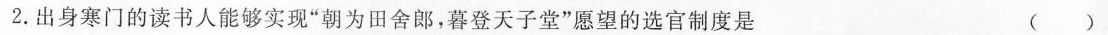
2.出身寒门的读书人能够实现”朝为田舍郎，暮登天子堂”愿望的选官制度是 ()